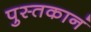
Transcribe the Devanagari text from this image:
पुस्तकानं